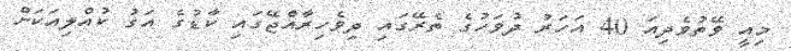
މިއީ ވޭތުވެދިއަ 40 އަހަރު ދުވަހުގެ ތެރޭގައި ދިވެހިރާއްޖޭގައި ކާޑުގެ އަގު ކުއްލިއަކަށް